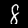
Label: 8